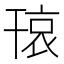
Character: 𱜾